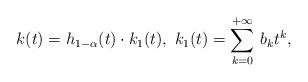
LaTeX: \begin{align*}k(t) = h_{1-\alpha}(t) \cdot k_1(t),\ k_1(t)=\sum_{k=0}^{+\infty}\, b_k t^k,\end{align*}